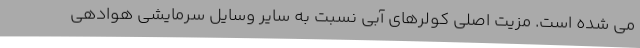
می شده است. مزیت اصلی کولرهای آبی نسبت به سایر وسایل سرمایشی هوادهی